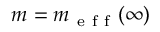
m = m _ { \mathrm { ~ e ~ f ~ f ~ } } ( \infty )